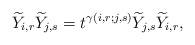
LaTeX: \begin{align*}\widetilde{Y}_{i, r}\widetilde{Y}_{j, s}=t^{\gamma(i, r; j, s)}\widetilde{Y}_{j, s}\widetilde{Y}_{i, r},\end{align*}